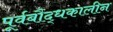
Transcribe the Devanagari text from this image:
पूर्वबौद्धकालीन